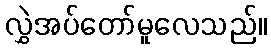
လွှဲအပ်တော်မူလေသည်။